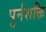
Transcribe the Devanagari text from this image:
पुर्नशक्ति